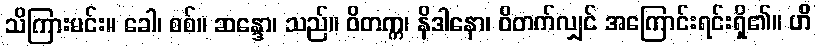
သိကြားမင်း။ ခေါ၊ စစ်။ ဆန္ဒော၊ သည်။ ဝိတက္က၊ နိဒါနော၊ ဝိတက်လျှင် အကြောင်းရင်းရှိ၏။ ဟိ